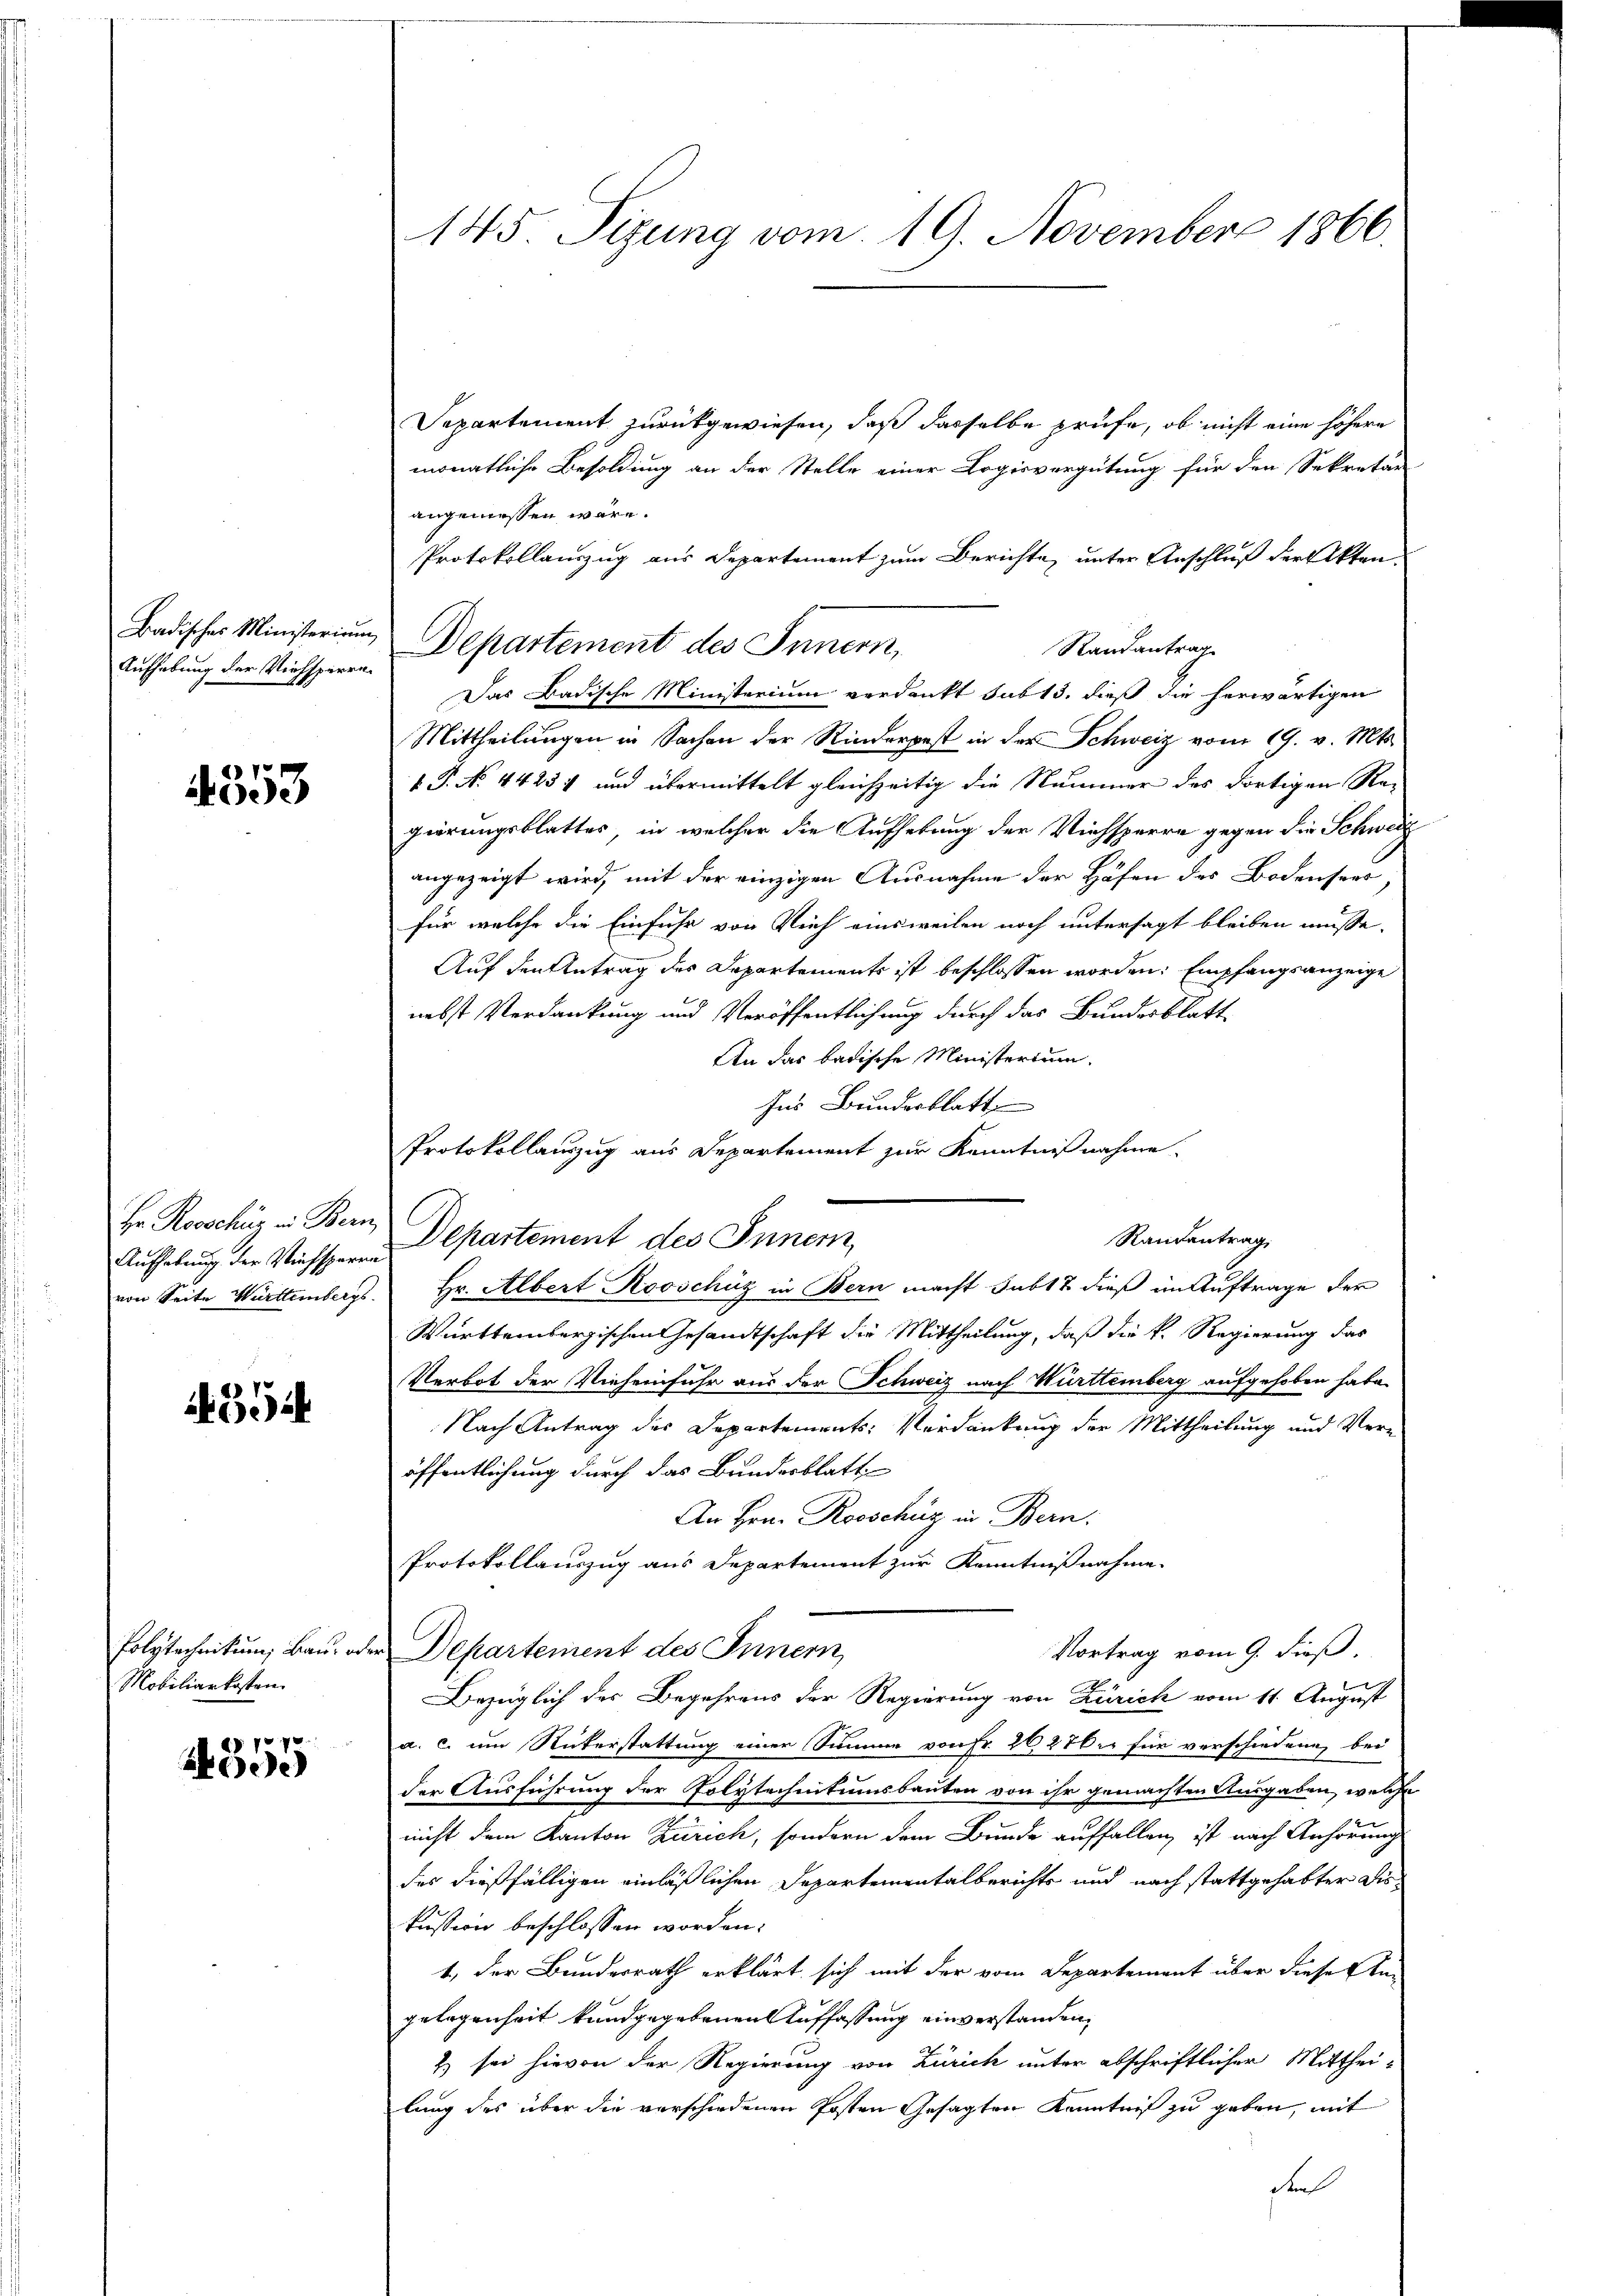
Aufhebung der Viehsperre

353

Hr Rosschüz in Bern
von Seite Württembergs

554

Polytechnikum, Bau, od
Mobiliarkosten.

e

145. Sizung vom 19. November 1866.

Separtement zurückgewiesen, daß dasselbe prüfe, ob nicht eine höhere
monatliche Besoldung an der Stelle einer Logisvergütung für den Sekretär
angeniessen wäre.
Protokollauszug aus Departement zum Berichte unter Anschluß der Akten
Badisches Ministerium Departement des Innern,
Randantrag
Das Badische Ministerium verdankt sub 13. dieß die herwärtigen
Mittheilungen in Sachen der Rinderpest in der Schweiz vom 19. v. Mts.
 P. No. 4425 und übermittelt gleichzeitig die Nummer des dortigen Re-
gierungsblattes, in welcher die Aufhebung der Viehsperre gegen die Schweiz
angezeigt wird, mit der einzigen Ausnahme der Höfen des Bodensees
für welche die Einfuhr von Reich einsweilen noch untersagt bleiben müsse.
Auf den Antrag des Departements ist beschlossen worden. Empfangsanzeige
nebst Verdankung und Veröffentlichung durch das Bundesblatt
An das badische Ministertum.
Ins Bundesblatt
Protokollauszug aus Departement zur Kenntnißnahme.
Aufhebung der Wichsperrepartement des Inner,
 Hr. Albert Kooschüz in Bern macht subt? dieß im Auftrage der
Württembergischen Gesandtschaft die Mittheilung, daß die k. Regierung das
Verbot der Vieheinfuhr aus der Schweiz nach Württemberg aufgehoben habe.
Nach Antrag des Departements-Verdankung der Mittheilung und Veröffentlichung durch das Bundesblatt
An Hrn. Rooschüz in Bern.
Protokollauszug aus Departement zur Kenntnißnahme.
Vortrag vom 9. dieß,
e Departement des Innern
Bezüglich der Begehrens der Regierung von Zürich vom 11. August
a. c. um Rüterstattung einer Summe von Fr. 26270er für verschiedenen bei
der Ausführung der Polytechnikumsbauten von ihr gemachten Ausgaben, welche
nicht dem Kanton Zürich, sondern dem Bunde auffallen, ist nach Anhörung
des dießfälligen einläßlichen Departementalberichts und nach stattgehabter Diskussion beschlossen worden.
1., der Bundesrath erklärt sich mit der vom Departement über diese Angelegenheit kundgegebenen Auffassung einverstanden,
2) sei hievon der Regierung von Zürich unter abschriftlicher Mitthei-
lung des über die verschiedenen Posten Gesagten Kenntniß zu geben, mit
Fah

Randantrag